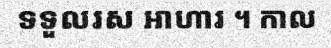
ទទួលរស អាហារ ។ កាល